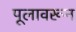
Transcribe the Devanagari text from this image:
पूलावरून